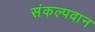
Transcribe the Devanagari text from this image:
संकल्पवान